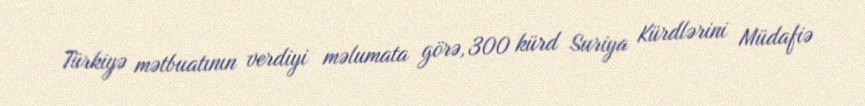
Türkiyə mətbuatının verdiyi məlumata görə, 300 kürd Suriya Kürdlərini Müdafiə